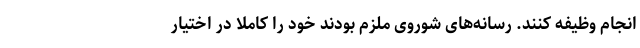
انجام وظیفه كنند. رسانه‌های شوروی ملزم بودند خود را كاملا در اختیار